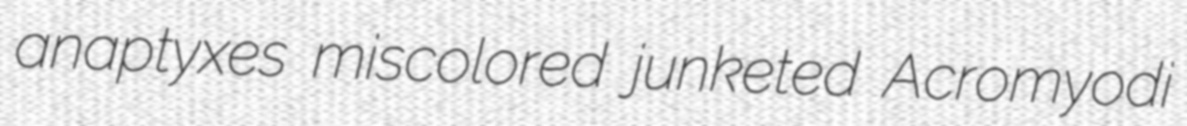
anaptyxes miscolored junketed Acromyodi